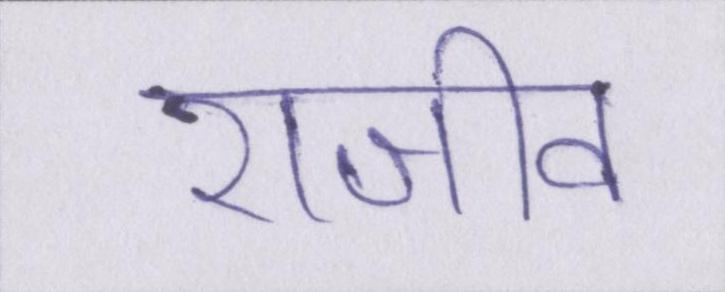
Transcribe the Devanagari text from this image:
राजीव